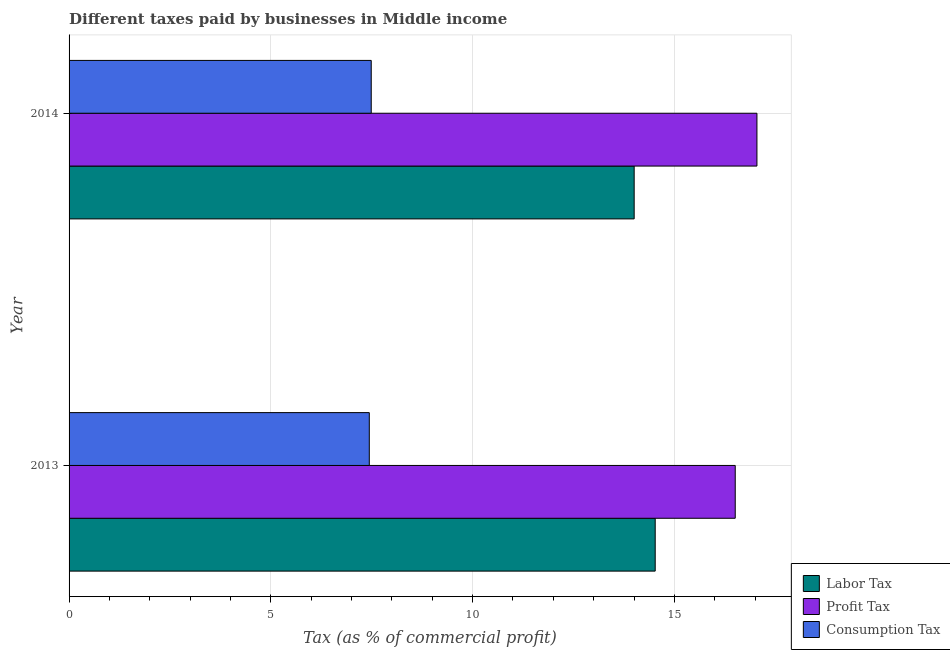
| Year | Labor Tax | Profit Tax | Consumption Tax |
 | --- | --- | --- | --- |
 | 2013 | 14.5 | 16.5 | 7.44 |
 | 2014 | 14 | 17 | 7.49 |